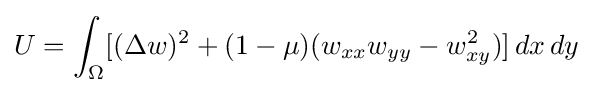
U=\int _{\Omega }[(\Delta w)^{2}+(1-\mu )(w_{xx}w_{yy}-w_{xy}^{2})]\,dx\,dy